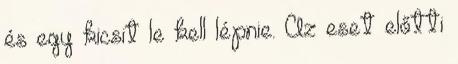
és egy kicsit le kell lépnie. Az eset előtti